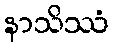
နာသိဿံ